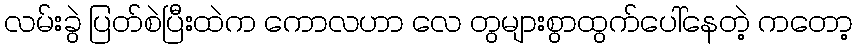
လမ်းခွဲ ပြတ်စဲပြီးထဲက ကောလဟာ လေ တွများစွာထွက်ပေါ်နေတဲ့ ကတော့